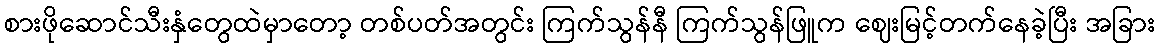
စားဖိုဆောင်သီးနှံတွေထဲမှာတော့ တစ်ပတ်အတွင်း ကြက်သွန်နီ ကြက်သွန်ဖြူက ဈေးမြင့်တက်နေခဲ့ပြီး အခြား